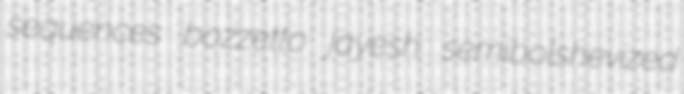
sequences bozzetto jayesh semibolshevized